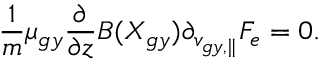
\frac { 1 } { m } \mu _ { g y } \frac { \partial } { \partial z } B ( X _ { g y } ) \partial _ { v _ { g y , \parallel } } F _ { e } = 0 .